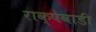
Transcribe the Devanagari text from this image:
राक्षेवाडी